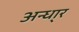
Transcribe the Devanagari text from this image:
अन्धा्र